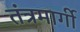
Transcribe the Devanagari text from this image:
तंत्रमार्गी